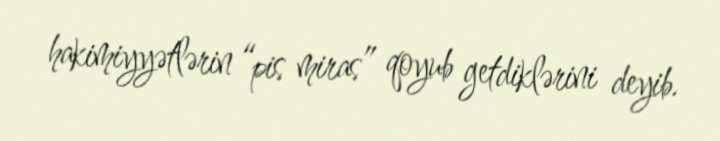
hakimiyyətlərin “pis miras” qoyub getdiklərini deyib.